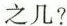
之几?